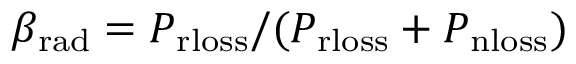
\beta _ { \mathrm { r a d } } = P _ { \mathrm { r l o s s } } / ( P _ { \mathrm { r l o s s } } + P _ { \mathrm { n l o s s } } )